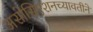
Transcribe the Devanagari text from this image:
असोसिएशनच्यावतीने